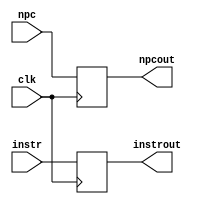
`timescale 1ns / 1ps
//////////////////////////////////////////////////////////////////////////////////
// Company: 
// Engineer: 
// 
// Design Name: 
// Module Name:    s_IF_ID 
// Project Name: 
// Target Devices: 
// Tool versions: 
// Description: 
//
// Dependencies: 
//
// Revision: 
// Revision 0.01 - File Created
// Additional Comments: 
//
//////////////////////////////////////////////////////////////////////////////////
module s_IF_ID(npc,instr,npcout,instrout,clk
    );
	input [31:0]npc;
	input [31:0]instr;
	input clk;
	output reg[31:0]npcout;
	output reg[31:0]instrout;
	reg [31:0]rnpc;
	reg [31:0]rinstr;
	always@(posedge clk)
	begin
		npcout<=rnpc;
		instrout<=rinstr;
	end
	always@(npc)
	begin
		rnpc=npc;
	end
	always@(instr)
	begin
		rinstr=instr;
	end
endmodule